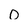
Character: 0